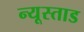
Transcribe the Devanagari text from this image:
न्यूस्ताड